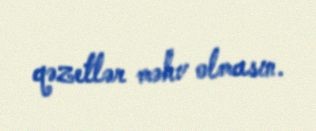
qəzetlər məhv olmasın.